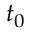
t _ { 0 }